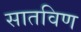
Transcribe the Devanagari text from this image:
सातविण